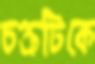
চক্রটিকে